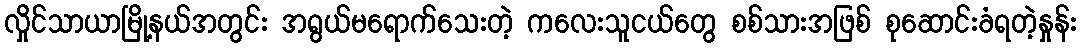
လှိုင်သာယာမြို့နယ်အတွင်း အရွယ်မရောက်သေးတဲ့ ကလေးသူငယ်တွေ စစ်သားအဖြစ် စုဆောင်းခံရတဲ့နှုန်း